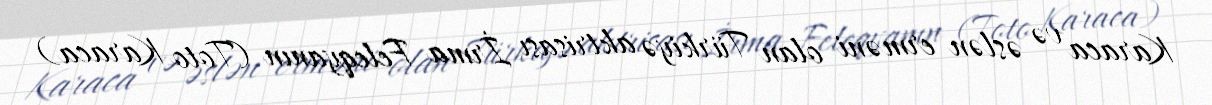
Karaca və əslən erməni olan Türkiyə aktrisası İrma Feleqyanın (Toto Karaca)